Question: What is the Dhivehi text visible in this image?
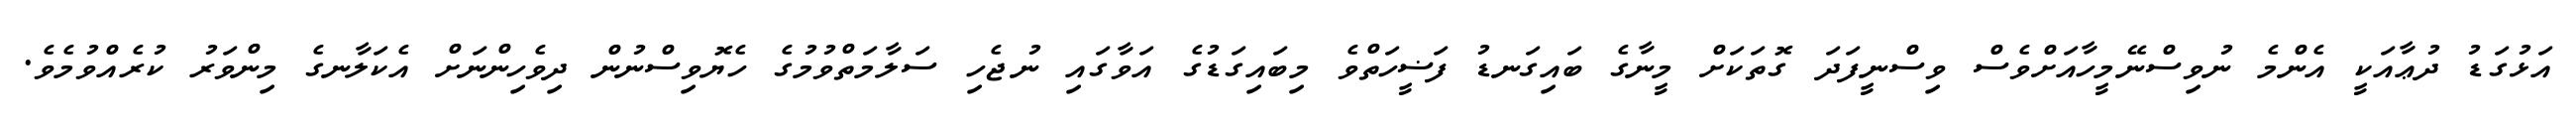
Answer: އަޅުގަޑު ދުޢާއަކީ އެންމެ ނުވިސްނޭމީހާއަށްވެސް ވިސްނީފަދަ ގޮތަކަށް މީނާގެ ބައިގަނޑު ފަޟީހަތްވެ މިބައިގަޑުގެ އަވާގައި ނުޖެހި ސަލާމަތްވުމުގެ ހެޔޮވިސްނުން ދިވެހިންނަށް އެކަލާނގެ މިންވަރު ކުރެއްވުމެވެ.